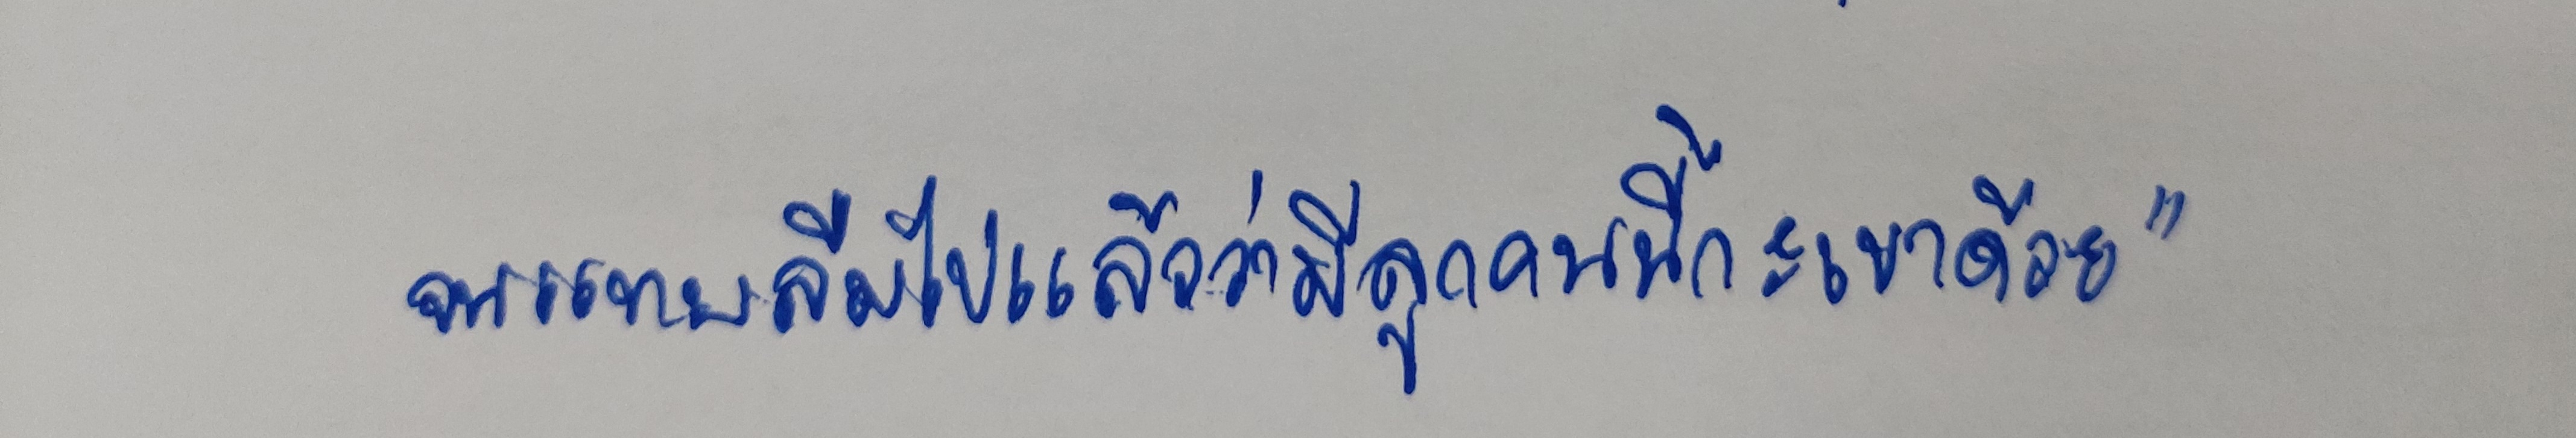
จนแทบลืมไปแล้วว่ามีลูกคนนี้กะเขาด้วย"